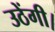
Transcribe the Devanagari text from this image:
उठेंगी।